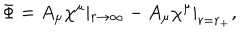
LaTeX: \Phi = A _ { \mu } \chi ^ { \mu } \left| _ { r \rightarrow \infty } - A _ { \mu } \chi ^ { \mu } \right| _ { r = r _ { + } } ,